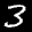
Label: 3